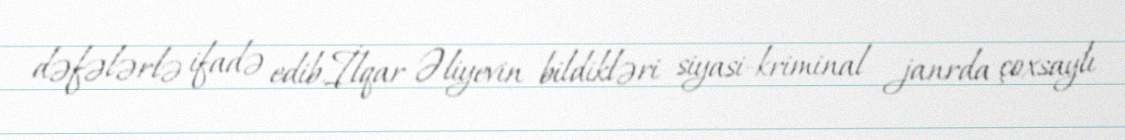
dəfələrlə ifadə edib.İlqar Əliyevin bildikləri siyasi-kriminal janrda çoxsaylı